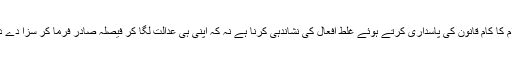
عوام کا کام قانون کی پاسداری کرتے ہوئے غلط افعال کی نشاندہی کرنا ہے نہ کہ اپنی ہی عدالت لگا کر فیصلہ صادر فرما کر سزا دے دینا۔